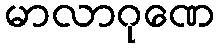
မာလာဂုဏေ